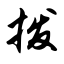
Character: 拨